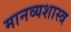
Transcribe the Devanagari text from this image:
मानव्यशास्त्र